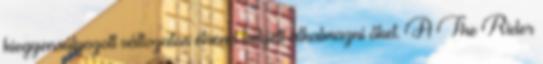
kiegyensúlyozott változatos étrend helyett alkalmazni őket. A The Rider